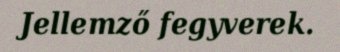
Jellemző fegyverek.